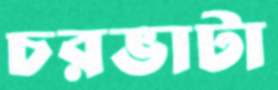
চরভাটা